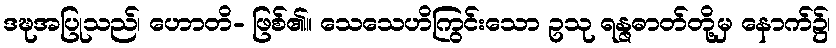
ဒဍ္ဎအပြုသည်၊ ဟောတိ- ဖြစ်၏။ သေသေဟိကြွင်းသော ဥသု ရန္ဇဓာတ်တို့မှ နောက်၌၊